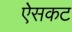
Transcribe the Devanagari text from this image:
ऐसकट